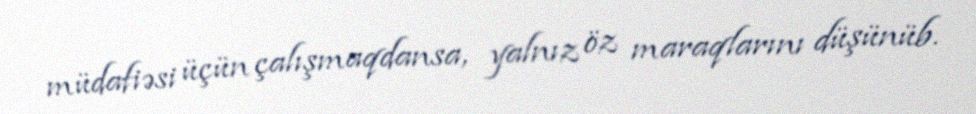
müdafiəsi üçün çalışmaqdansa, yalnız öz maraqlarını düşünüb.